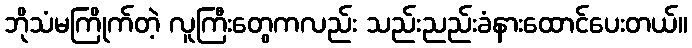
ဘိုသံမကြိုက်တဲ့ လူကြီးတွေကလည်း သည်းညည်းခံနားထောင်ပေးတယ်။